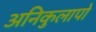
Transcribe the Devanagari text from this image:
अनिकुलापो